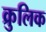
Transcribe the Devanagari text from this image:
क्रुलिक